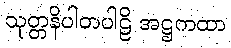
သုတ္တနိပါတပါဠိ အဋ္ဌကထာ